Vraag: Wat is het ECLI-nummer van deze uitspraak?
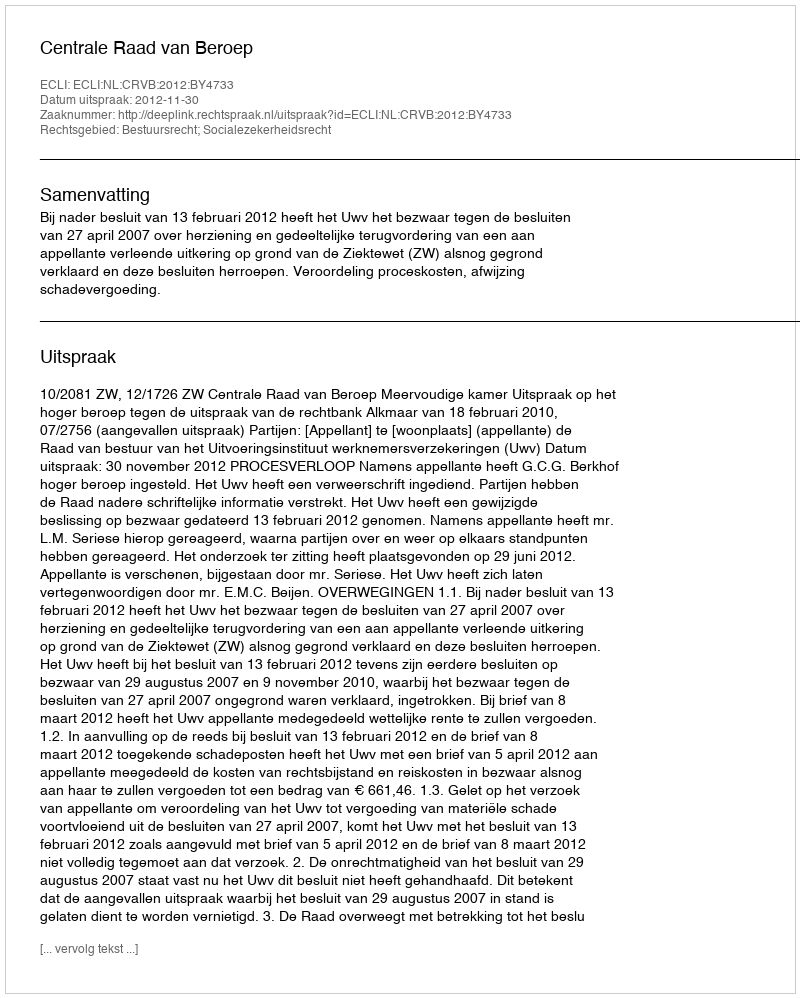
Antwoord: ECLI:NL:CRVB:2012:BY4733